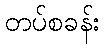
တပ်စခန်း